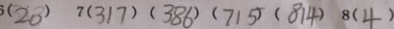
3 ( 2 0 ) 7 ( 3 1 7 ) ( 3 8 6 ) ( 7 1 5 ) ( 8 1 4 ) 8 ( 4 )